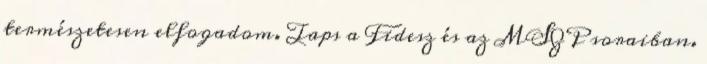
természetesen elfogadom. Taps a Fidesz és az MSZP soraiban.